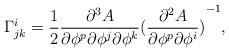
LaTeX: \begin{align*}\Gamma^i_{jk}= \frac{1}{2}\frac{\partial^3 A}{\partial \phi^p \partial \phi^j \partial \phi^k}{(\frac{\partial^2 A}{\partial \phi^p \partial \phi^i})}^{-1} ,\end{align*}